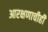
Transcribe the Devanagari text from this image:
आरक्षणाचीही